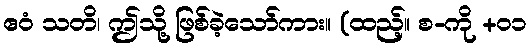
ဧဝံ သတိ၊ ဤသို့ ဖြစ်ခဲ့သော်ကား။ (ထည့်။ စ-ကို +၀၁